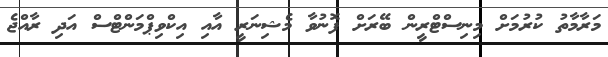
މަރާމާތު ކުރުމަށް މިނިސްޓްރީން ބޭރަށް ފޮނުވާ މެޝިނަރީ އާއި އިކްވިޕްމަންޓްސް އަދި ރާއްޖެ